Report on the lunatic asylums under the Government of Bombay - 1904-1913
Year: 1904
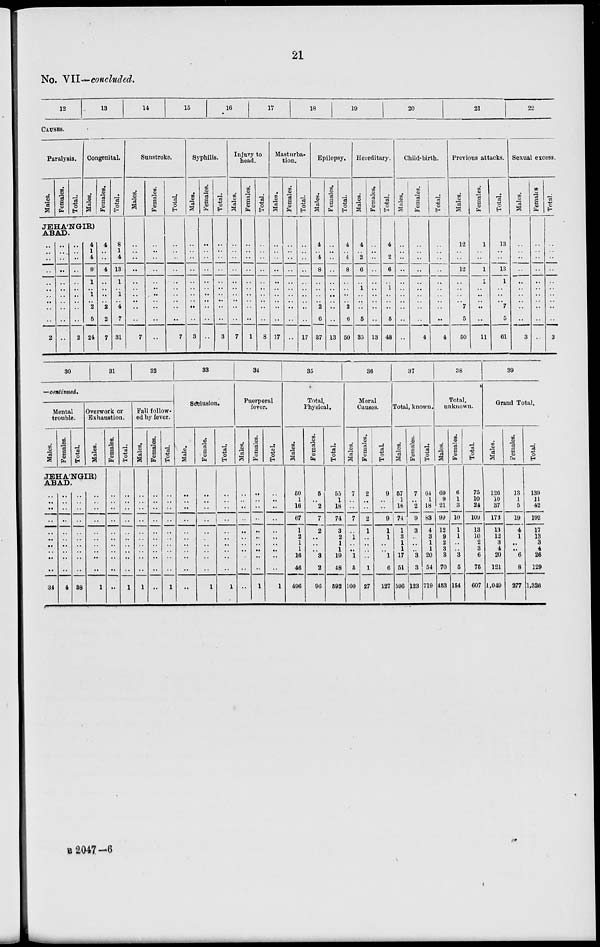
21
No. VII—concluded.
12
13
14
15
L6
17
18
19
20
21
22
CAUSES.
Paralysis.
Males.
Females.
Total.
Congenital.
Males.
Females.
JEHA'NGIR)
ABAD.
..
..
..
..
..
..
..
..
..
..
2
..
..
..
..
..
..
..
..
..
..
..
..
..
..
..
..
..
..
..
..
..
2
4
1
4
9
1
..
1
.. 2
5
24
4
..
..
4
..
..
..
.. 2
2
7
Total.
8
1
4
13
1
..
1
.. 4
7
31
Sunstroke.
Males.
..
..
..
..
..
..
..
..
..
..
7
Females.
..
..
..
..
..
..
..
..
..
..
..
Total.
..
..
..
..
..
..
..
..
..
..
7
Syphilis.
Males.
..
..
..
..
..
..
..
..
..
..
3
Females.
..
..
..
..
..
..
..
..
..
..
..
Total.
..
..
..
..
..
..
..
..
..
..
3
Injury to
head.
Males.
..
..
..
..
..
..
..
..
..
..
7
Females.
..
..
..
..
..
..
..
..
..
..
1
Total.
..
..
..
..
..
..
..
..
..
..
8
Masturba-
tion.
Males.
..
..
..
..
..
..
..
..
..
..
17
Females.
..
..
..
..
..
..
..
..
..
..
..
Total.
..
..
..
..
..
..
..
..
..
..
17
Epilepsy.
Males.
4
..
4
8
..
..
..
.. 2
6
37
Females.
..
..
..
..
..
..
..
..
..
..
13
Total.
4
..
4
8
..
..
..
.. 2
6
50
Hereditary.
Males.
4
..
2
6
..
1
..
..
..
5
35
Females.
..
..
..
..
..
..
..
..
..
..
13
Total.
4
..
2
6
..
1
..
..
..
5
48
Child-birth.
Males.
..
..
..
..
..
..
..
..
..
..
..
Females.
..
..
..
..
..
..
..
..
..
..
4
Total.
..
..
..
..
..
..
..
..
..
..
4
Previous attacks.
Males.
12
..
..
12
..
..
..
.. 7
5
50
Females.
1
..
..
1
1
..
..
.. ..
..
11
Total.
13
..
..
13
1
..
..
.. 7
5
61
Sexual excess.
Males.
..
..
..
..
..
..
..
..
..
..
3
Females
..
..
..
..
..
..
..
..
..
..
..
Total.
..
..
..
..
..
..
..
..
..
..
3
30
31
32
—continued.
Mental
trouble.
Males.
Females.
Total.
Overwork or
Exhaustion.
Males.
JEHA'NGIR)
ABAD.
..
..
..
..
..
..
..
..
..
..
34
..
..
..
..
..
..
..
..
..
..
4
..
..
..
..
..
..
..
..
..
..
38
..
..
..
..
..
..
..
..
..
..
1
Females.
..
..
..
..
..
..
..
..
..
..
..
Total.
..
..
..
..
..
..
..
..
..
..
1
Fall follow-
ed by fever.
Males.
..
..
..
..
..
..
..
..
..
..
1
Females.
..
..
..
..
..
..
..
..
..
..
..
Total.
..
..
..
..
..
..
..
..
..
..
1
33
Seclusion.
Male.
..
..
..
..
..
..
..
..
..
..
..
Female.
..
..
..
..
..
..
..
..
..
..
1
Total.
..
..
..
..
..
..
..
..
..
..
1
34
Puerperal
fever.
Males.
..
..
..
..
..
..
..
..
..
..
..
Females.
..
..
..
..
..
..
..
..
..
..
1
Total.
..
..
..
..
..
..
..
..
..
..
1
35
Total,
Physical.
Males.
50
1
16
67
1
2
1
1
16
46
496
Females.
5
..
2
7
2
..
..
..
3
2
96
Total.
55
1
18
74
3
2
1
1
19
48
592
36
Moral
Causes.
Males.
7
..
..
7
..
1
..
..
1
5
100
Females.
2
..
..
2
1
..
..
..
..
1
27
Total.
9
..
..
9
1
1
..
..
1
6
127
37
Total, known.
Males.
57
1
16
74
1
3
1
1
17
51
596
Females.
7
..
2
9
3
..
..
..
3
3
123
Total.
64
1
18
83
4
3
1
1
20
54
719
38
Total,
unknown.
Males.
69
9
21
99
12
9
2
3
3
70
453
Females.
6
1
3
10
1
1
..
..
3
5
154
Total.
75
10
24
109
13
10
2
3
6
75
607
39
Grand Total.
Males.
126
10
37
173
13
12
3
4
20
121
1,049
Females.
13
1
5
19
4
1
..
..
6
8
277
Total.
139
11
42
192
17
13
3
4
26
129
1,326
B 2047-6